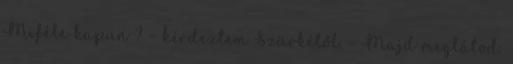
Miféle kapun ? – kérdeztem Szürkétől. - Majd meglátod.